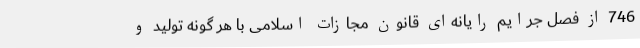
746 از فصل جرایم رایانه‌ای قانون مجازات اسلامی با هر گونه تولید و